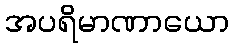
အပရိမာဏာယော